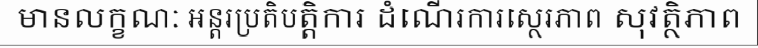
មានលក្ខណៈ អន្តរប្រតិបត្តិការ ដំណើរការស្ថេរភាព សុវត្ថិភាព